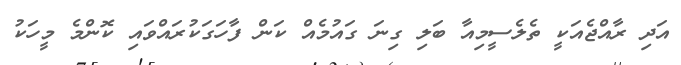
އަދި ރާއްޖެއަކީ ތެލެސީމިއާ ބަލި ގިނަ ގައުމެއް ކަން ފާހަގަކުރައްވައި ކޮންމެ މީހަކު